Civil Veterinary Department Bengal reports 1933-51 - 1933-1951
Year: 1933
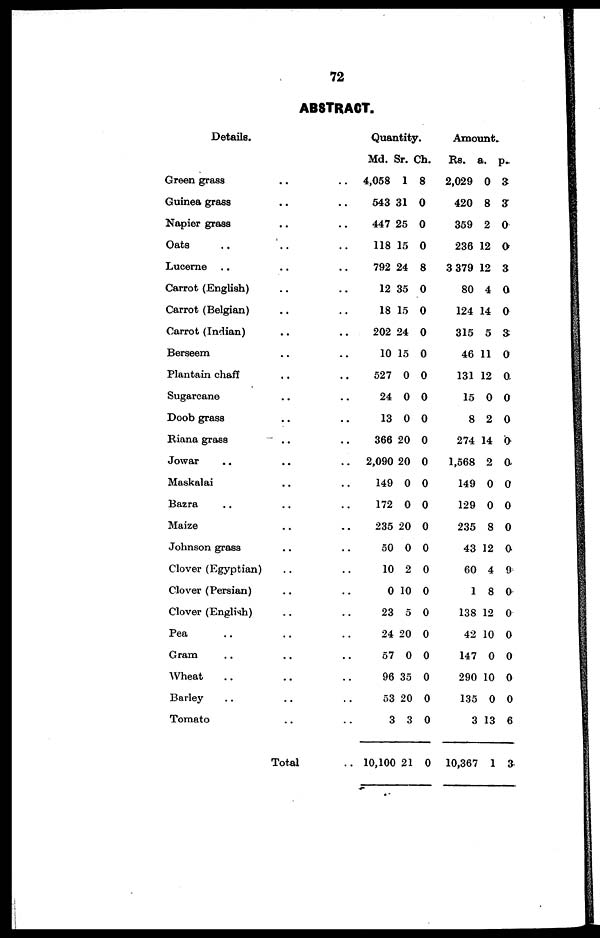
72
ABSTRACT.
Details.
Green grass .. ..
Guinea grass .. ..
Napier grass .. ..
Oats .. .. ..
Lucerne .. .. ..
Carrot (English) .. ..
Carrot (Belgian) .. ..
Carrot (Indian) .. ..
Berseem .. ..
Plantain chaff .. ..
Sugarcane .. ..
Doob grass .. ..
Riana grass
.. ..
Jowar
.. .. ..
Maskalai .. ..
Bazra .. .. ..
Maize .. ..
Johnson grass .. ..
Clover (Egyptian) .. ..
Clover (Persian) .. ..
Clover (English) .. ..
Pea .. .. ..
Gram .. .. ..
Wheat .. .. ..
Barley .. .. ..
Tomato .. ..
Total ..
Quantity.
Md.
4,058
543
447
118
792
12
18
202
10
527
24
13
366
2,090
149
172
235
50
10
0
23
24
57
96
53
3
10,100
Sr.
1
31
25
15
24
35
15
24
15
0
0
0
20
20
0
0
20
0
2
10
5
20
0
35
20
3
21
Ch.
8
0
0
0
8
0
0
0
0
0
0
0
0
0
0
0
0
0
0
0
0
0
0
0
0
0
0
Amount.
Rs.
2,029
420
359
236
3 379
80
124
315
46
131
15
8
274
1,568
149
129
235
43
60
1
138
42
147
290
135
3
10,367
a.
0
8
2
12
12
4
14
5
11
12
0
2
14
2
0
0
8
12
4
8
12
10
0
10
0
13
1
p.
3
3
0
0
3
0
0
3
0
0
0
0
0
0
0
0
0
0
9
0
0
0
0
0
0
6
3